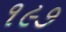
૧૯૭